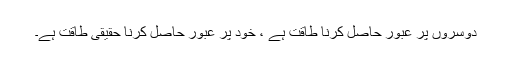
دوسروں پر عبور حاصل کرنا طاقت ہے ، خود پر عبور حاصل کرنا حقیقی طاقت ہے۔